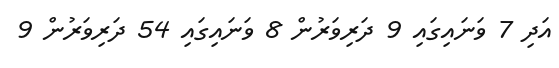
އަދި 7 ވަނައިގައި 9 ދަރިވަރުން 8 ވަނައިގައި 54 ދަރިވަރުން 9